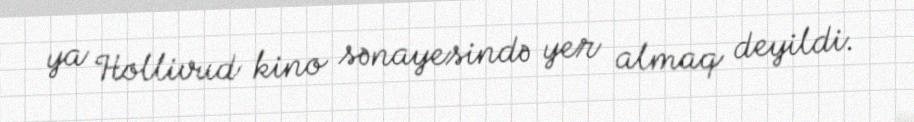
ya Hollivud kino sənayesində yer almaq deyildi.